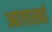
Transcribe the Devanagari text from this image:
आग़ाखां